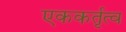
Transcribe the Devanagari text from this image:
एककर्तृत्व